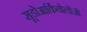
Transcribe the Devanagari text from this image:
सूडोआर्कियोलॉजी